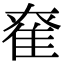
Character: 𨾮